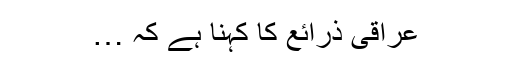
عراقی ذرائع کا کہنا ہے کہ …